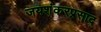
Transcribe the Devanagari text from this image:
जयशंकरप्रसाद